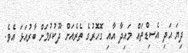
ދިޔަ އަދި އެސިޑްތައް މައިދާ އާއި ގޮހޮރުގެ ތެރެއަށް ދޫކުރުމަށް ބާރުއަޅަ އެވެ.